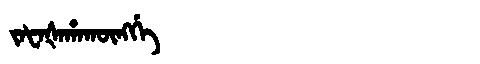
Manchu: ᠵᠠᡶᠠᡧᠠᡥᠠᡴᡡᠩᡤᡝ
Romanization: JAFAŠAHAKŪNGGE